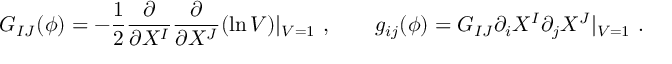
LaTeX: G _ { I J } ( \phi ) = - { \frac { 1 } { 2 } } { \frac { \partial } { \partial X ^ { I } } } { \frac { \partial } { \partial X ^ { J } } } ( \ln { \cal V } ) | _ { { \cal V } = 1 } \ , \qquad g _ { i j } ( \phi ) = G _ { I J } \partial _ { i } X ^ { I } \partial _ { j } X ^ { J } | _ { { \cal V } = 1 } \ .